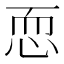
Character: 恧